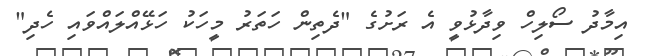
އިމާދު ސޯލިހް ވިދާޅުވީ އެ ރަށުގެ "ދެތިން ހަތަރު މީހަކު ހަޅޭއްލައްވައި ހެދި"